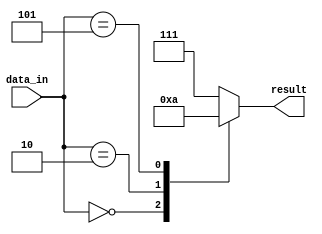
module dont_care_module (
    input [3:0] data_in,
    output reg [2:0] result
);

always @* begin
    case (data_in)
        4'b0000: result = 3'b000; // Case 1
        4'b0010: result = 3'b001; // Case 2
        4'b0101: result = 3'b010; // Case 3
        default: result = 3'b111; // Don't care case
    endcase
end

endmodule